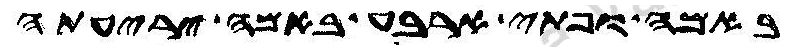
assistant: באמה ופתי ארבע באמה יריעתה